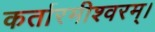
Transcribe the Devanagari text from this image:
कर्तारमीश्वरम्।